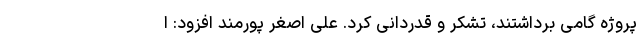
پروژه گامی برداشتند، تشکر و قدردانی کرد. علی اصغر پورمند افزود: ا